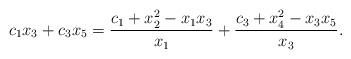
LaTeX: \begin{align*}c_1x_3+c_3x_5={c_1+x_2^2-x_1x_3\over x_1} + {c_3+x_4^2-x_3x_5\over x_3}. \end{align*}